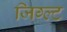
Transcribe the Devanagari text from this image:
जिग्ल्ट